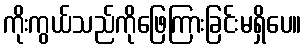
ကိုးကွယ်သည်ကိုဖြေကြားခြင်းမရှိပေ။